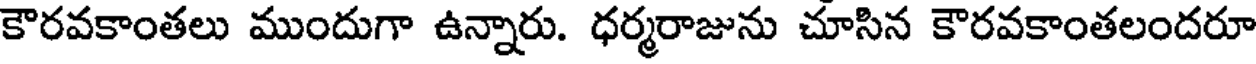
కౌరవకాంతలు ముందుగా ఉన్నారు. ధర్మరాజును చూసిన కౌరవకాంతలందరూ